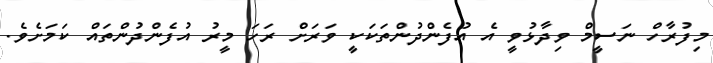
މިފުރާހް ނަސީމް ވިދާޅުވީ އެ އުފެންދުންތަކަކީ ވަރަށް ރަހަ މީރު އުފެންދުންތައް ކަަމަށެވެ.